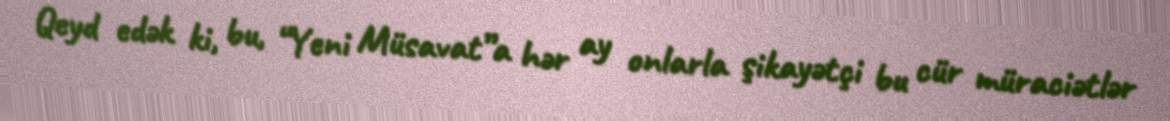
Qeyd edək ki, bu, “Yeni Müsavat”a hər ay onlarla şikayətçi bu cür müraciətlər